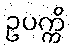
ဥပက္ကိ